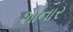
શોનાર